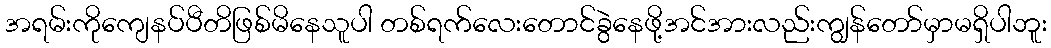
အရမ်းကိုကျေနပ်ပီတိဖြစ်မိနေသူပါ တစ်ရက်လေးတောင်ခွဲနေဖို့အင်အားလည်းကျွန်တော်မှာမရှိပါဘူး